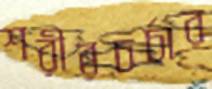
শরীরচর্চার